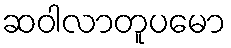
ဆဝါလာတူပမော